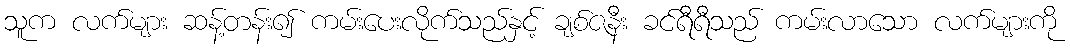
သူက လက်များ ဆန့်တန်း၍ ကမ်းပေးလိုက်သည်နှင့် ချစ်ဇနီး ခင်ရီရီသည် ကမ်းလာသော လက်များကို